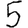
Digit: 5